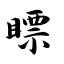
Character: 瞟